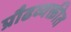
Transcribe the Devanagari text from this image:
प्रौढव्यक्तीत